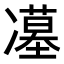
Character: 𭂥